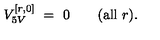
V _ { 5 V } ^ { [ r , 0 ] } \ = \ 0 \qquad ( \mathrm { a l l } \ r ) .